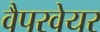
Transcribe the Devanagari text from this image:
वैपरवेयर